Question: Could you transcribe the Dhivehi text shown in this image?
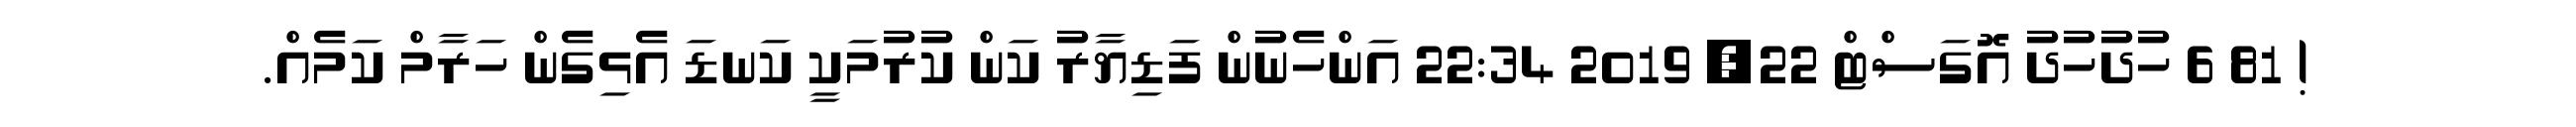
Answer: ! 81 6 ހުދުހުދު އޮގަސްޓް 22, 2019 22:34 އަންހެނުން ފަޑިޔާރު ކަން ކުރުމަކީ ކަނޑަ އެޅިގެން ހަރާމް ކަމެއް.